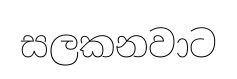
සලකනවාට